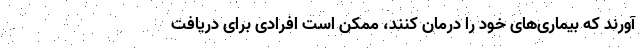
‌آورند که بیماری‌های خود را درمان کنند، ممکن است افرادی برای دریافت